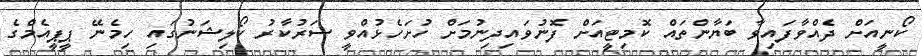
ކޯނީއަށް ދެއްވާފައިވާ ބަޔާންތައް ކޮމިޓީއަށް ފޮނުވައިދިނުމަށް ހުށަހެޅުއްވީ ސަރުކާރު ކޯލިޝަނުގައި ހިމެނޭ ޕީޕީއެމްގެ